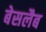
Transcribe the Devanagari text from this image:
बेसलैब